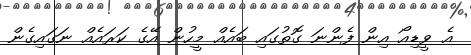
އެ ވީޑިއޯ އިން ފެންނަ ގޮތުގައި ބައެއް މީހުން އޭގެ ކަރައެއް ނަގައިގެން